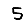
Digit: 5